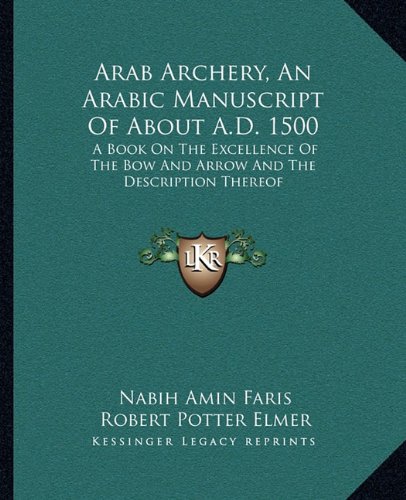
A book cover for Arab Archery, An Arabic Manuscript Of About A.D. 1500: A Book On The Excellence Of The Bow And Arrow And The Description Thereof; Sports & Outdoors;